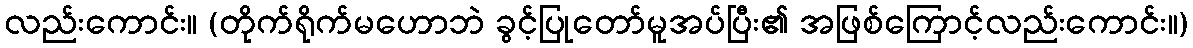
လည်းကောင်း။ (တိုက်ရိုက်မဟောဘဲ ခွင့်ပြုတော်မူအပ်ပြီး၏ အဖြစ်ကြောင့်လည်းကောင်း။)